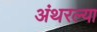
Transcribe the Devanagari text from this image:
अंथरल्या